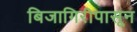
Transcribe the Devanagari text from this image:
बिजागिरीपासून